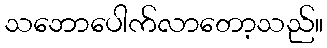
သဘောပေါက်လာတော့သည်။